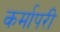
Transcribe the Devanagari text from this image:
कर्मापरी